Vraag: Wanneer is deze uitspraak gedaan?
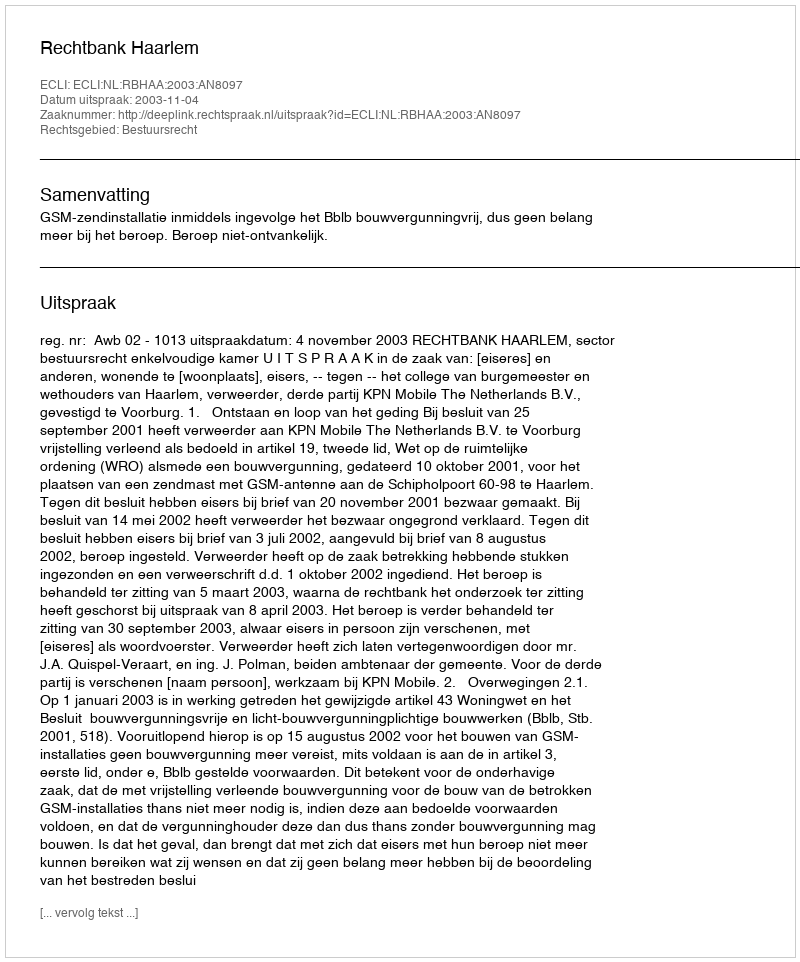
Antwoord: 2003-11-04